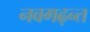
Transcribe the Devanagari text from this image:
नवगढ़न्त